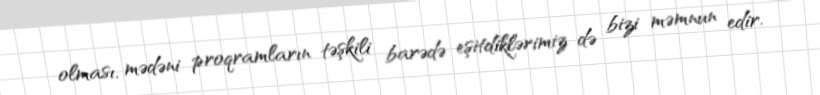
olması, mədəni proqramların təşkili barədə eşitdiklərimiz də bizi məmnun edir.